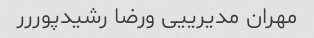
مهران مدیرییی ورضا رشیدپوررر